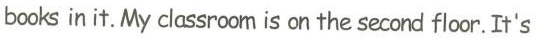
books in it .My classroom is on the second floor It's